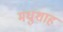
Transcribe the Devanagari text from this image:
मधुशाह